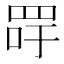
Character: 𦊯